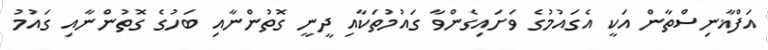
އަފްޣާނިސްތާން އަކީ އެގައުމުގެ ވަށައިގެންވާ ގައުމުތަކާއި ދީނީ ގޮތުންނާއި ބަހުގެ ގޮތުންނާއި ގައުމު